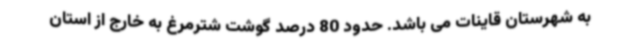
به شهرستان قاینات می باشد. حدود 80 درصد گوشت شترمرغ به خارج از استان